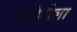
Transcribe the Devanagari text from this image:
बहिरीला